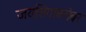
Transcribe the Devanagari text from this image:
जयसिंगाबरोबर